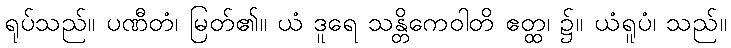
ရုပ်သည်။ ပဏီတံ၊ မြတ်၏။ ယံ ဒူရေ သန္တိကေဝါတိ ဧတ္ထ၊ ၌။ ယံရူပံ၊ သည်။